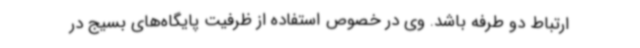
ارتباط دو طرفه باشد. وی در خصوص استفاده از ظرفیت پایگاه‌های بسیج در